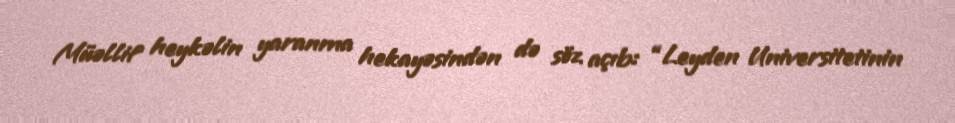
Müəllif heykəlin yaranma hekayəsindən də söz açıb: “Leyden Universitetinin